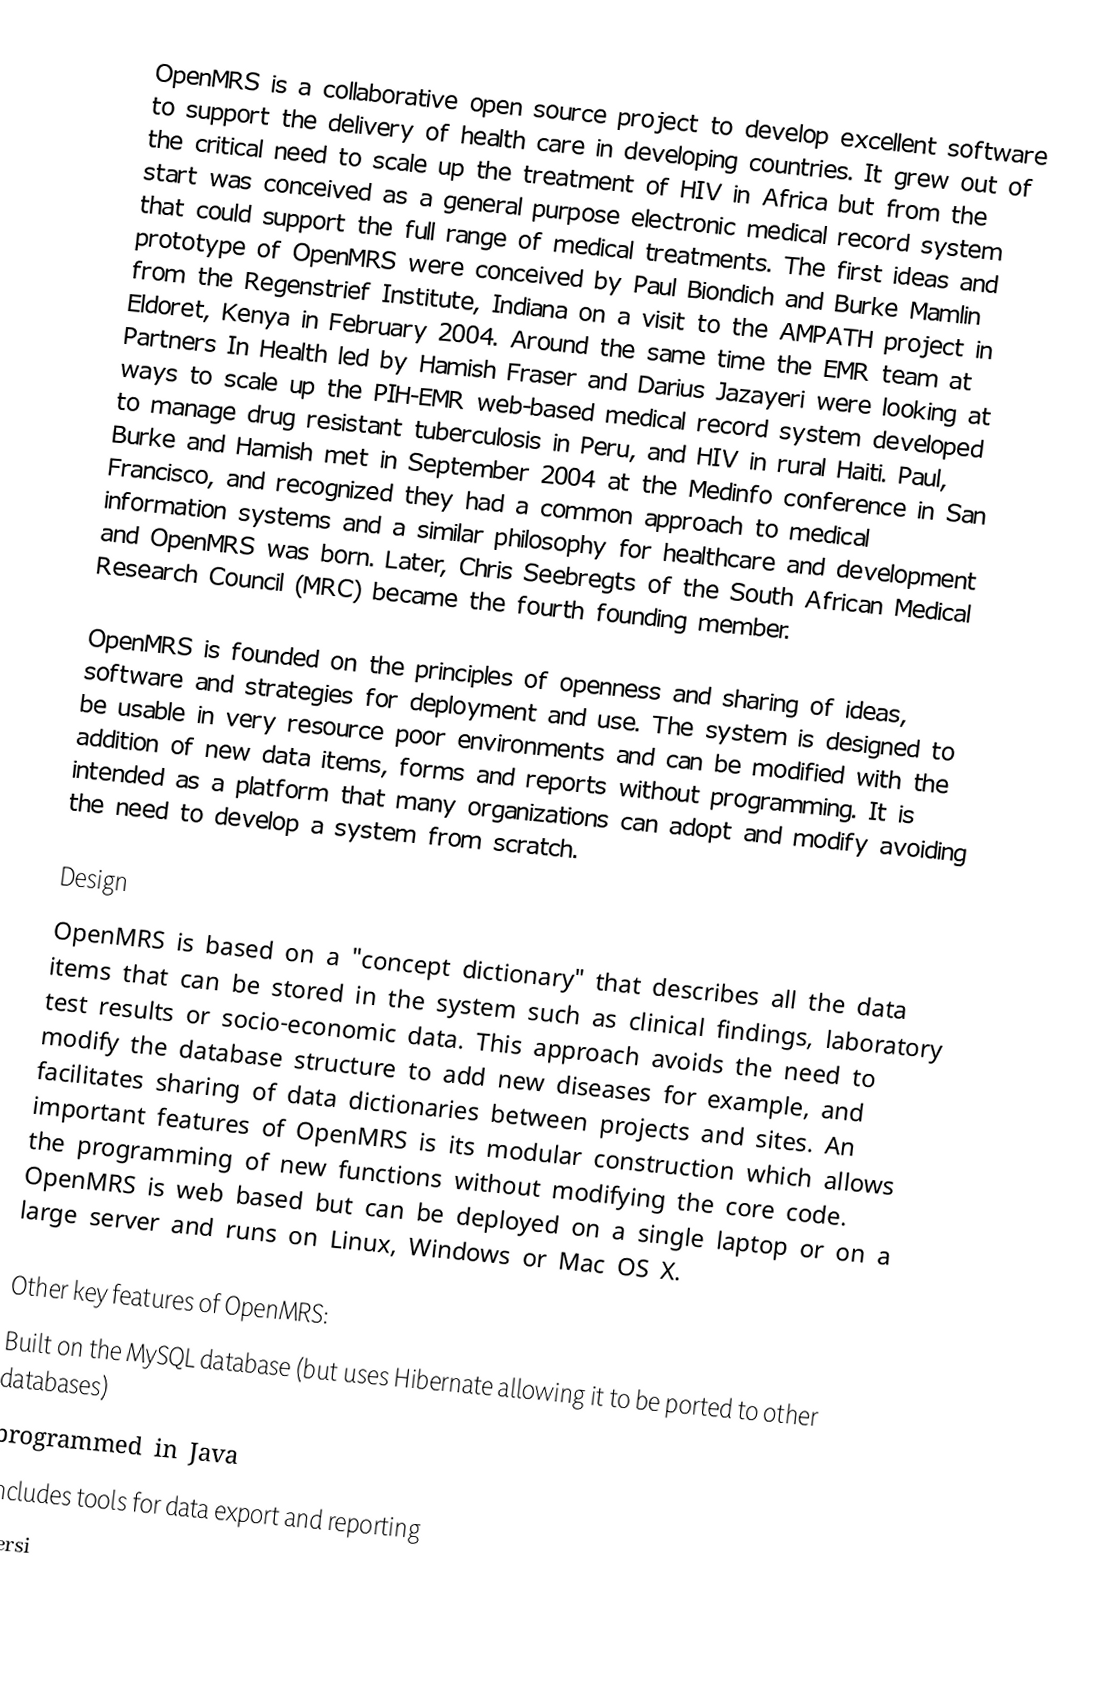
OpenMRS is a collaborative open source project to develop excellent software to support the delivery of health care in developing countries. It grew out of the critical need to scale up the treatment of HIV in Africa but from the start was conceived as a general purpose electronic medical record system that could support the full range of medical treatments. The first ideas and prototype of OpenMRS were conceived by Paul Biondich and Burke Mamlin from the Regenstrief Institute, Indiana on a visit to the AMPATH project in Eldoret, Kenya in February 2004. Around the same time the EMR team at Partners In Health led by Hamish Fraser and Darius Jazayeri were looking at ways to scale up the PIH-EMR web-based medical record system developed to manage drug resistant tuberculosis in Peru, and HIV in rural Haiti. Paul, Burke and Hamish met in September 2004 at the Medinfo conference in San Francisco, and recognized they had a common approach to medical information systems and a similar philosophy for healthcare and development and OpenMRS was born. Later, Chris Seebregts of the South African Medical Research Council (MRC) became the fourth founding member.

OpenMRS is founded on the principles of openness and sharing of ideas, software and strategies for deployment and use. The system is designed to be usable in very resource poor environments and can be modified with the addition of new data items, forms and reports without programming. It is intended as a platform that many organizations can adopt and modify avoiding the need to develop a system from scratch.

Design
OpenMRS is based on a "concept dictionary" that describes all the data items that can be stored in the system such as clinical findings, laboratory test results or socio-economic data. This approach avoids the need to modify the database structure to add new diseases for example, and facilitates sharing of data dictionaries between projects and sites. An important features of OpenMRS is its modular construction which allows the programming of new functions without modifying the core code. OpenMRS is web based but can be deployed on a single laptop or on a large server and runs on Linux, Windows or Mac OS X.

Other key features of OpenMRS:
 Built on the MySQL database (but uses Hibernate allowing it to be ported to other databases)
 programmed in Java
 Includes tools for data export and reporting
 Versi